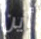
أين